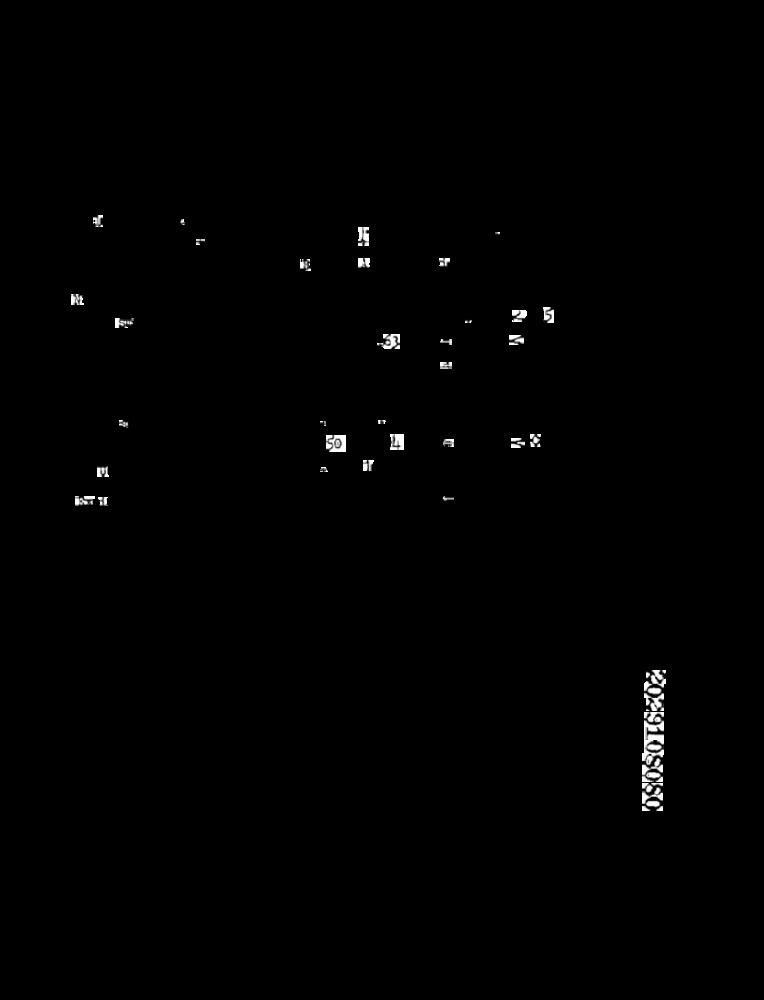
ar.
2
51
50
2029108080